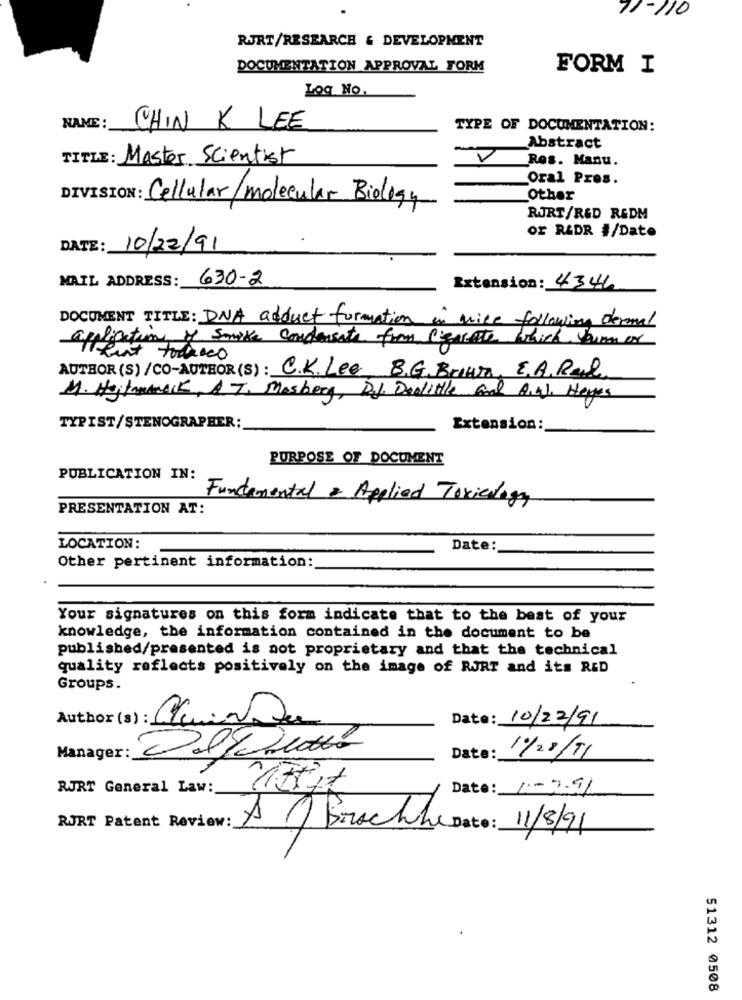
11-110
RJRT/RESEARCH & DEVELOPMENT
DOCUMENTATION APPROVAL FORM
FORM I
Log No.
NAME: CHIN K LEE
TYPE OF DOCUMENTATION:
Abstract
TITLE : Master Scientist
Ros. Manu.
Oral Pres.
DIVISION: Cellular/ molecular Biology
Other
RJRT/R&D REDM
or RADR #/Date
DATE: 10/22/91
MAIL ADDRESS:
630-2
Extension: 4346
DOCUMENT TITLE: DNA adduct formation in wice following dermal
alisation of smoke condensate from cercate which burn or
Atteint todaaco
AUTHOR (S) /CO-AUTHOR(S) : C.K. Lee B.G. Britt, E.A. Ral
M. Hejtmancik, AT, Masberg, DJ. Denlille Good A.al, Herpes
TYPIST/STENOGRAPHER:
Extension:
PURPOSE OF DOCUMENT
PUBLICATION IN:
Fundemental & Applied Toxicology
PRESENTATION AT:
LOCATION:
Date:
Other pertinent information:
Your signatures on this form indicate that to the best of your
knowledge, the information contained in the document to be
published/presented is not proprietary and that the technical
quality reflects positively on the image of RJRT and its RED
Groups.
Author (s) : Cuando
Date: 10/22/91
Manager :_
Date:
11/28/11
RJRT General Law:
Date: 1-7.91
RURT Patent Review:
A Brochle Date: 11/8/91
51312 0508